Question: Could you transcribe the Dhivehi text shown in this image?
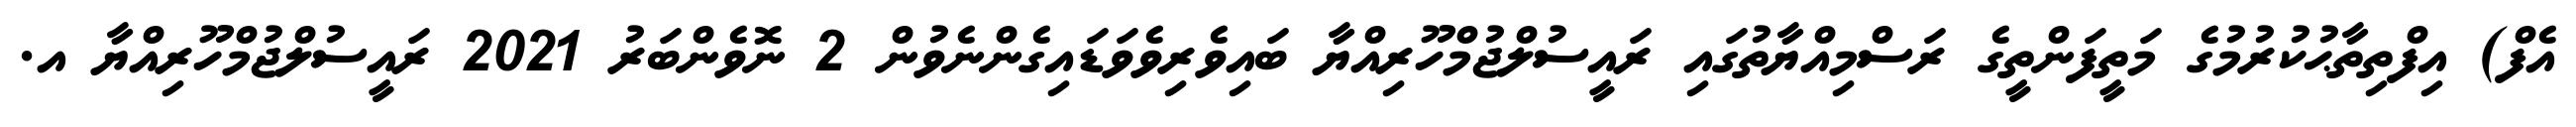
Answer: އެފް) އިފްތިތާޙުކުރުމުގެ މަތީފަންތީގެ ރަސްމިއްޔާތުގައި ރައީސުލްޖުމްހޫރިއްޔާ ބައިވެރިވެވަޑައިގެންނެވުން 2 ނޮވެންބަރު 2021 ރައީސުލްޖުމްހޫރިއްޔާ އ.